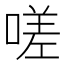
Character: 嗟